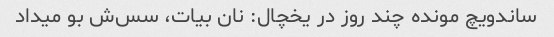
ساندویچ مونده چند روز در یخچال: نان بیات، سس‌ش بو میداد